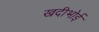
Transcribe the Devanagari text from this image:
खदीभोई